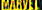
MARVEL